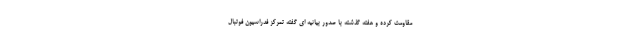
مقاومت کرده و هفته گذشته با صدور بیانیه ای گفته تمرکز فدراسیون فوتبال